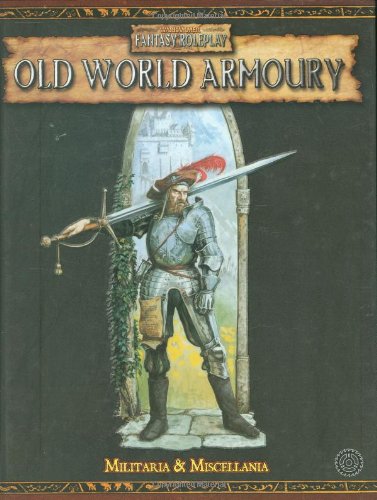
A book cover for Old World Armoury: Miscellanea and Militaria (Warhammer Novels); Robert J. Schwalb; Science Fiction & Fantasy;